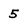
Character: 5